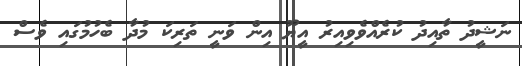
ނަޝީދު ތާއިދު ކުރެއްވެވިއިރު އީޔޫ އިން ވަނީ ތަރިކަ މުދާ ބެހުމުގައި ވެސް